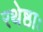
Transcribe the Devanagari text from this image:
रथेष्ठाः